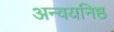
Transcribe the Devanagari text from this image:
अन्वयनिष्ठ